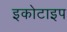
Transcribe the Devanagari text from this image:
इकोटाइप